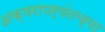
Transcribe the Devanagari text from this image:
अक्षरापर्यंतच्या